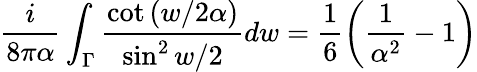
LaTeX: {\frac{i}{8\pi\alpha}}\int_{\Gamma}{\frac{\cot\left({w/2\alpha}\right)}{\sin^{2}w/2}}dw=\frac 16\left({\frac{1}{\alpha^{2}}}-1\right)